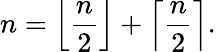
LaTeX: n=\left\lfloor{\frac{n}{2}}\right\rfloor+\left\lceil{\frac{n}{2}}\right\rceil.